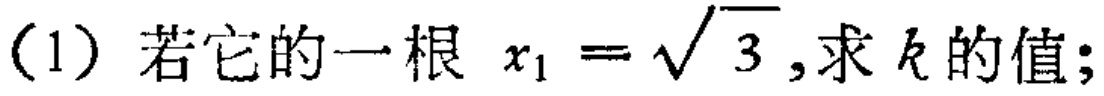
(1) 若它的一根 \(x_{1}=\sqrt{3}\),求 \(k\) 的值;